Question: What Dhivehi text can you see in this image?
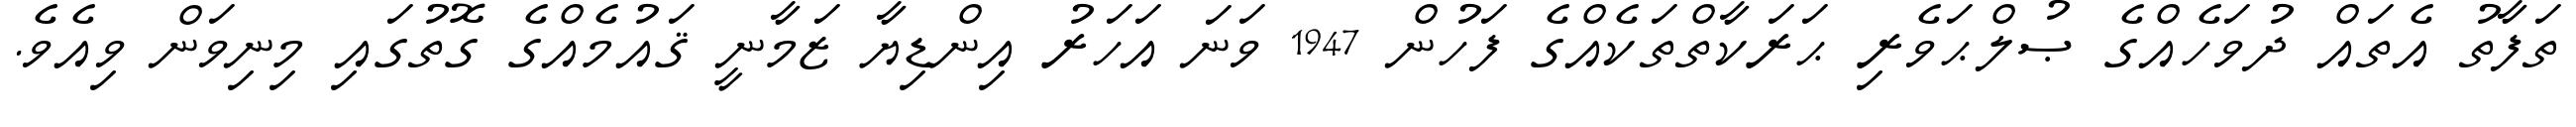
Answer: ތަފާތު އެތައް ދުވަހެއްގެ ޞުލްޙަވެރި ޙަރަކާތްތަކެއްގެ ފަހުން 1947 ވަނަ އަހަރު އިންޑިޔާ ޒަމާނީ ޤައުމެއްގެ ގޮތުގައި މިނިވަން ވިއެވެ.